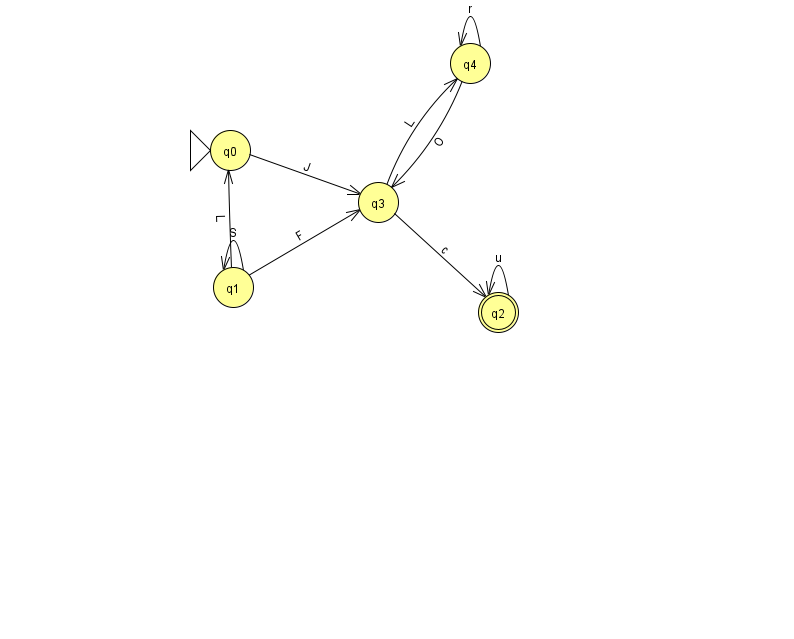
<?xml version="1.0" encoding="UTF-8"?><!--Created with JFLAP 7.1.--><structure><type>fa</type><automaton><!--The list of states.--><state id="0" name="q0"><x>230.0</x><y>137.0</y><initial/></state><state id="1" name="q1"><x>233.0</x><y>274.0</y></state><state id="2" name="q2"><x>498.0</x><y>299.0</y><final/></state><state id="3" name="q3"><x>378.0</x><y>189.0</y></state><state id="4" name="q4"><x>470.0</x><y>50.0</y></state><!--The list of transitions.--><transition><from>4</from><to>4</to><read>r</read></transition><transition><from>1</from><to>1</to><read>S</read></transition><transition><from>2</from><to>2</to><read>u</read></transition><transition><from>1</from><to>0</to><read>L</read></transition><transition><from>1</from><to>3</to><read>F</read></transition><transition><from>4</from><to>3</to><read>O</read></transition><transition><from>3</from><to>4</to><read>L</read></transition><transition><from>0</from><to>3</to><read>J</read></transition><transition><from>3</from><to>2</to><read>c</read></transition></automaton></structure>